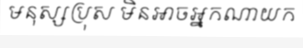
មនុស្សប្រុស មិនអាចអ្នកណាយក